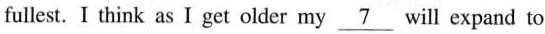
fullest. I think as I get older\underline{7} will expand to